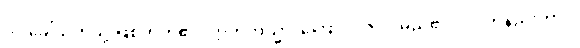
ဝါ၊ ခေါ်သကဲ့သို့ ဖြစ်တတ်၏။ ဣတိတသ္မာ၊ ကြောင့်။ ဇိဝှါ၊ မည်၏။ ဝါ၊ တနည်းကား။